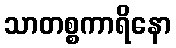
သာတစ္စကာရိနော